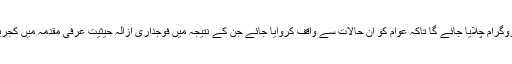
پارٹی نے کہا کہ گھر گھر رابطہ پروگرام چلایا جائے گا تاکہ عوام کو ان حالات سے واقف کروایا جائے جن کے نتیجہ میں فوجداری ازالہ حیثیت عرفی مقدمہ میں کجریوال کی گرفتاری عمل میں آئی ہے ۔